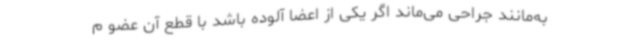
به‌مانند جراحی می‌ماند اگر یکی از اعضا آلوده باشد با قطع آن عضو م